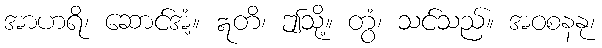
အာဟရိ၊ ဆောင်အံ့။ ဣတိ၊ ဤသို့။ တွံ၊ သင်သည်။ အဝစနနု၊